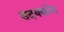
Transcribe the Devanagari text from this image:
सदयकोव